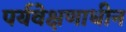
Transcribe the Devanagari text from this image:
पर्यवेक्षणाधीन